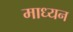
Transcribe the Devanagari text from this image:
माध्यन